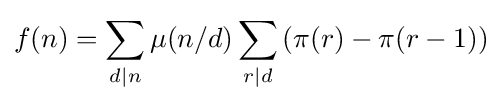
f(n)=\sum _{d|n}\mu (n/d)\sum _{r|d}\left(\pi (r)-\pi (r-1)\right)